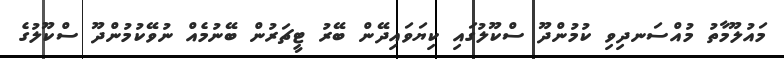
މައުލޫމާތު މުއްސަނދިވި ކުމުންދޫ ސްކޫލުގައި ކިޔަވައިދޭން ބޭރު ޓީޗަރުން ބޭނުމެއް ނުވޭކުމުންދޫ ސްކޫލުގެ